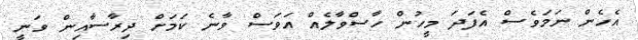
އެހެން ނަމަވެސް އެފަދަ މީހުން ހާސްވާލެއް އަވަސް ވާނެ ކަމަށް ދިރާސާއިން ވަނީ